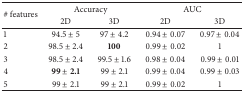
| <ROWSPAN=2> # features | <COLSPAN=2> Accuracy | <COLSPAN=2> AUC |
 | 2D | 3D | 2D | 3D |
 | --- | --- | --- | --- | --- |
 | 1 | 94.5 ± 5 | 97 ± 4.2 | 0.94 ± 0.07 | 0.97 ± 0.04 |
 | 2 | 98.5 ± 2.4 | 100 | 0.99 ± 0.02 | 1 |
 | 3 | 98.5 ± 2.4 | 99.5 ± 1.6 | 0.98 ± 0.04 | 0.99 ± 0.01 |
 | 4 | 99 ± 2.1 | 99 ± 2.1 | 0.99 ± 0.04 | 0.99 ± 0.03 |
 | 5 | 99 ± 2.1 | 99 ± 2.1 | 0.99 ± 0.02 | 1 |